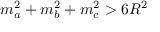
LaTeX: m _ { a } ^ { 2 } + m _ { b } ^ { 2 } + m _ { c } ^ { 2 } > 6 R ^ { 2 }